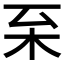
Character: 𣏏